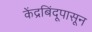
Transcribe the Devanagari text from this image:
केंद्रबिंदूपासून